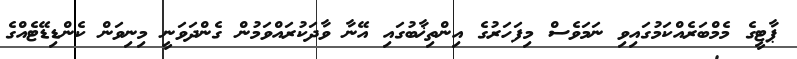
ޕާޓީގެ މެމްބަރެއްކަމުގައިވި ނަމަވެސް މިފަހަރުގެ އިންތިޚާބުގައި އޭނާ ވާދަކުރައްވަމުން ގެންދަވަނީ މިނިވަން ކެންޑިޑޭޓެއްގެ